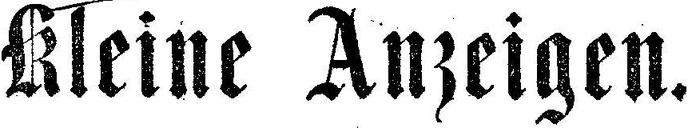
Kleine Anzeigen.